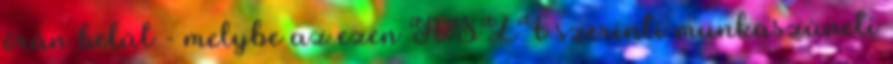
órán belül - melybe az ezen ÁSZF szerinti munkaszüneti